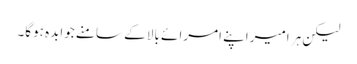
لیکن ہر امیراپنے امرائے بالا کے سامنے جوابدہ ہوگا۔